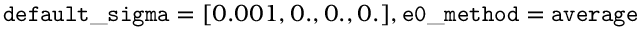
\mathtt { d e f a u l t \_ s i g m a } = [ 0 . 0 0 1 , 0 . , 0 . , 0 . ] , \mathtt { e 0 \_ m e t h o d } = \mathtt { a v e r a g e }